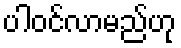
ပါဝင်လာမည်ဟု